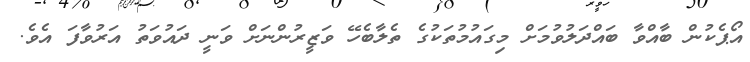
އޯޕެކުން ބާއްވާ ބައްދަލުވުމަށް މިގައުމުތަކުގެ ތެލާބެހޭ ވަޒީރުންނަށް ވަނީ ދައުވަތު އަރުވާފަ އެވެ.